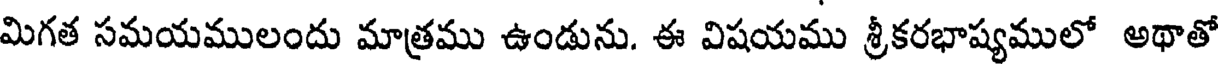
మిగత సమయములందు మాత్రము ఉండును. ఈ విషయము శ్రీకరభాష్యములో అథాతో